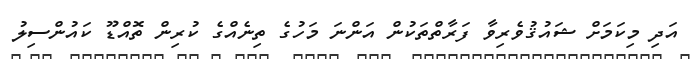
އަދި މިކަމަށް ޝައުޤުވެރިވާ ފަރާތްތަކުން އަންނަ މަހުގެ ތިނެއްގެ ކުރިން ތޮއްޑޫ ކައުންސިލު